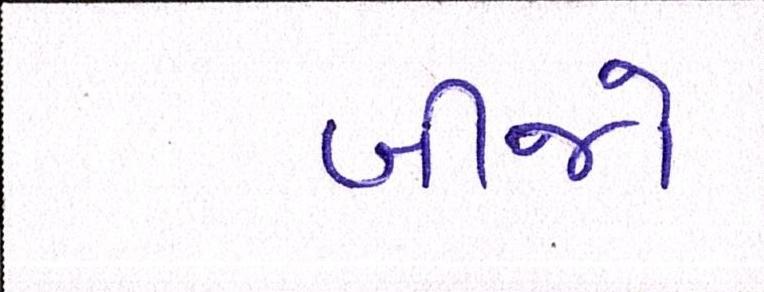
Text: બીજો